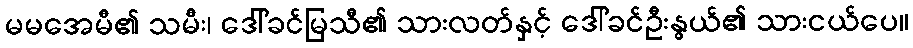
မမအေမီ၏ သမီး၊ ဒေါ်ခင်မြသီ၏ သားလတ်နှင့် ဒေါ်ခင်ဦးနွယ်၏ သားငယ်ပေ။